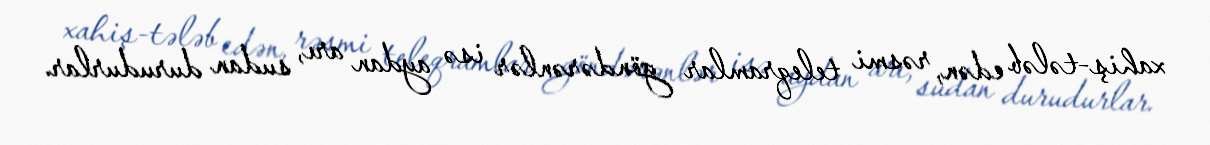
xahiş-tələb edən, rəsmi teleqramlar göndərənlər isə aydan arı, sudan durudurlar.